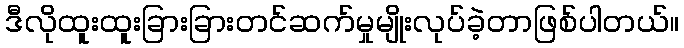
ဒီလိုထူးထူးခြားခြားတင်ဆက်မှုမျိုးလုပ်ခဲ့တာဖြစ်ပါတယ်။